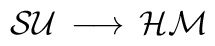
{\cal SU} \, \longrightarrow \, {\cal HM}